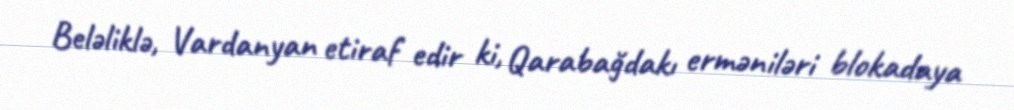
Beləliklə, Vardanyan etiraf edir ki, Qarabağdakı erməniləri blokadaya